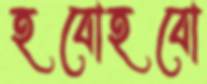
হবোহবো